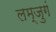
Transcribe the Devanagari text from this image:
लम्जुगं